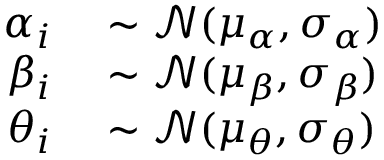
\begin{array} { r l } { \alpha _ { i } } & { { } \sim \mathcal { N } ( \mu _ { \alpha } , \sigma _ { \alpha } ) } \\ { \beta _ { i } } & { { } \sim \mathcal { N } ( \mu _ { \beta } , \sigma _ { \beta } ) } \\ { \theta _ { i } } & { { } \sim \mathcal { N } ( \mu _ { \theta } , \sigma _ { \theta } ) } \end{array}